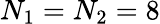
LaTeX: N_{1}=N_{2}=8